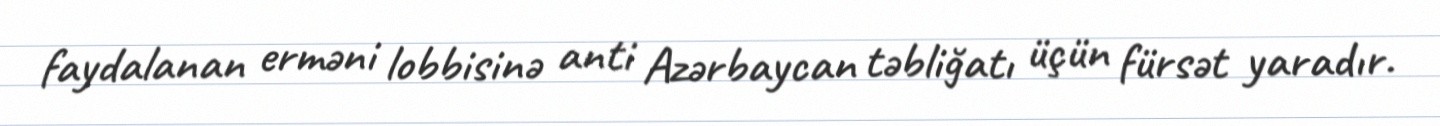
faydalanan erməni lobbisinə anti Azərbaycan təbliğatı üçün fürsət yaradır.